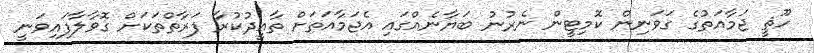
ހޫޘީ ޖަމާއަތުގެ ގަވަނިން ކޮމިޓީން ނެރުނު ބަޔާނެއްގައި އެޖަމާއަތަށް ތާއީދުކުރާ ފަރާތްތަކަށް ގޮވާލާފައިވަނީ